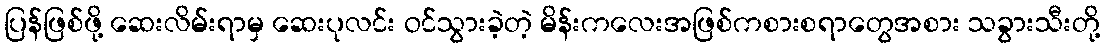
ပြန်ဖြစ်ဖို့ ဆေးလိမ်းရာမှ ဆေးပုလင်း ဝင်သွားခဲ့တဲ့ မိန်းကလေးအဖြစ်ကစားစရာတွေအစား သခွားသီးတို့